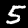
Digit: 5